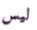
ليس